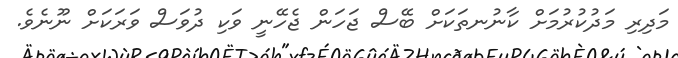
މަދިރި މަދުކުރުމަށް ކާނުނތަކަށް ބޭސް ޖަހަން ޖެހޭނީ ވަކި ދުވަސް ވަރަކަށް ނޫނެވެ.